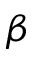
\boldsymbol { \beta }